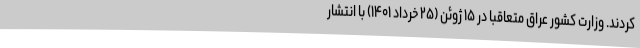
کردند. وزارت کشور عراق متعاقبا در ۱۵ ژوئن (۲۵ خرداد ۱۴۰۱) با انتشار